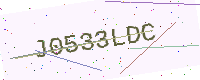
Text: J0533LDC